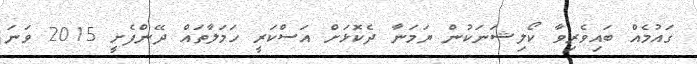
ގައުމެއް ބައިވެރިވާ ކޯލިޝަނަކުން ޔަމަނާ ދެކޮޅަށް އަސްކަރީ ހަމަލާތައް ދޭންފެށީ 2015 ވަނަ